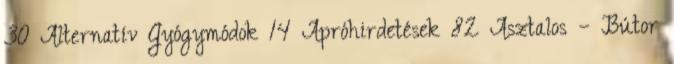
30 Alternatív Gyógymódok 14 Apróhirdetések 82 Asztalos – Bútor